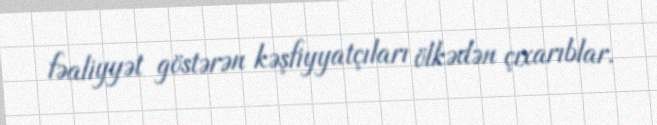
fəaliyyət göstərən kəşfiyyatçıları ölkədən çıxarıblar.